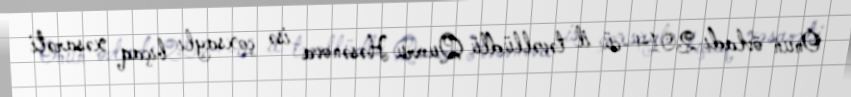
Onun övladı 2014-cü il təvəllüdlü Qumru Həsənova isə çoxsaylı bıçaq xəsarəti